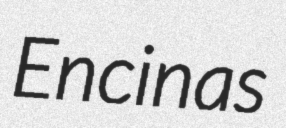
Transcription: Encinas